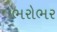
ભરોભર